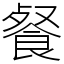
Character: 餐